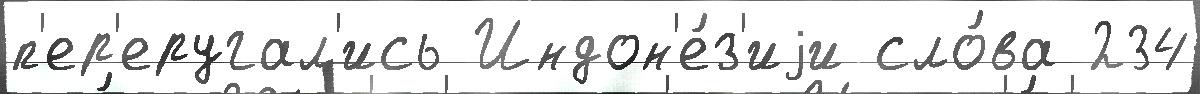
п'ер'еругал'ись Индон'е́з'иjи сло́ва 234